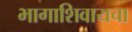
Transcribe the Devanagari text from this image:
भागाशिवायचा